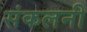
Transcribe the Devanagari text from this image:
संकलनी